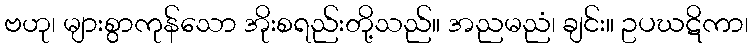
ဗဟု၊ များစွာကုန်သော အိုးစရည်းတို့သည်။ အညမညံ၊ ချင်း။ ဥပဃဋိကာ၊